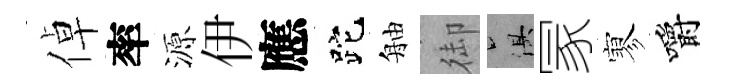
倬率源伊應跎舳御俱冡寥嚼